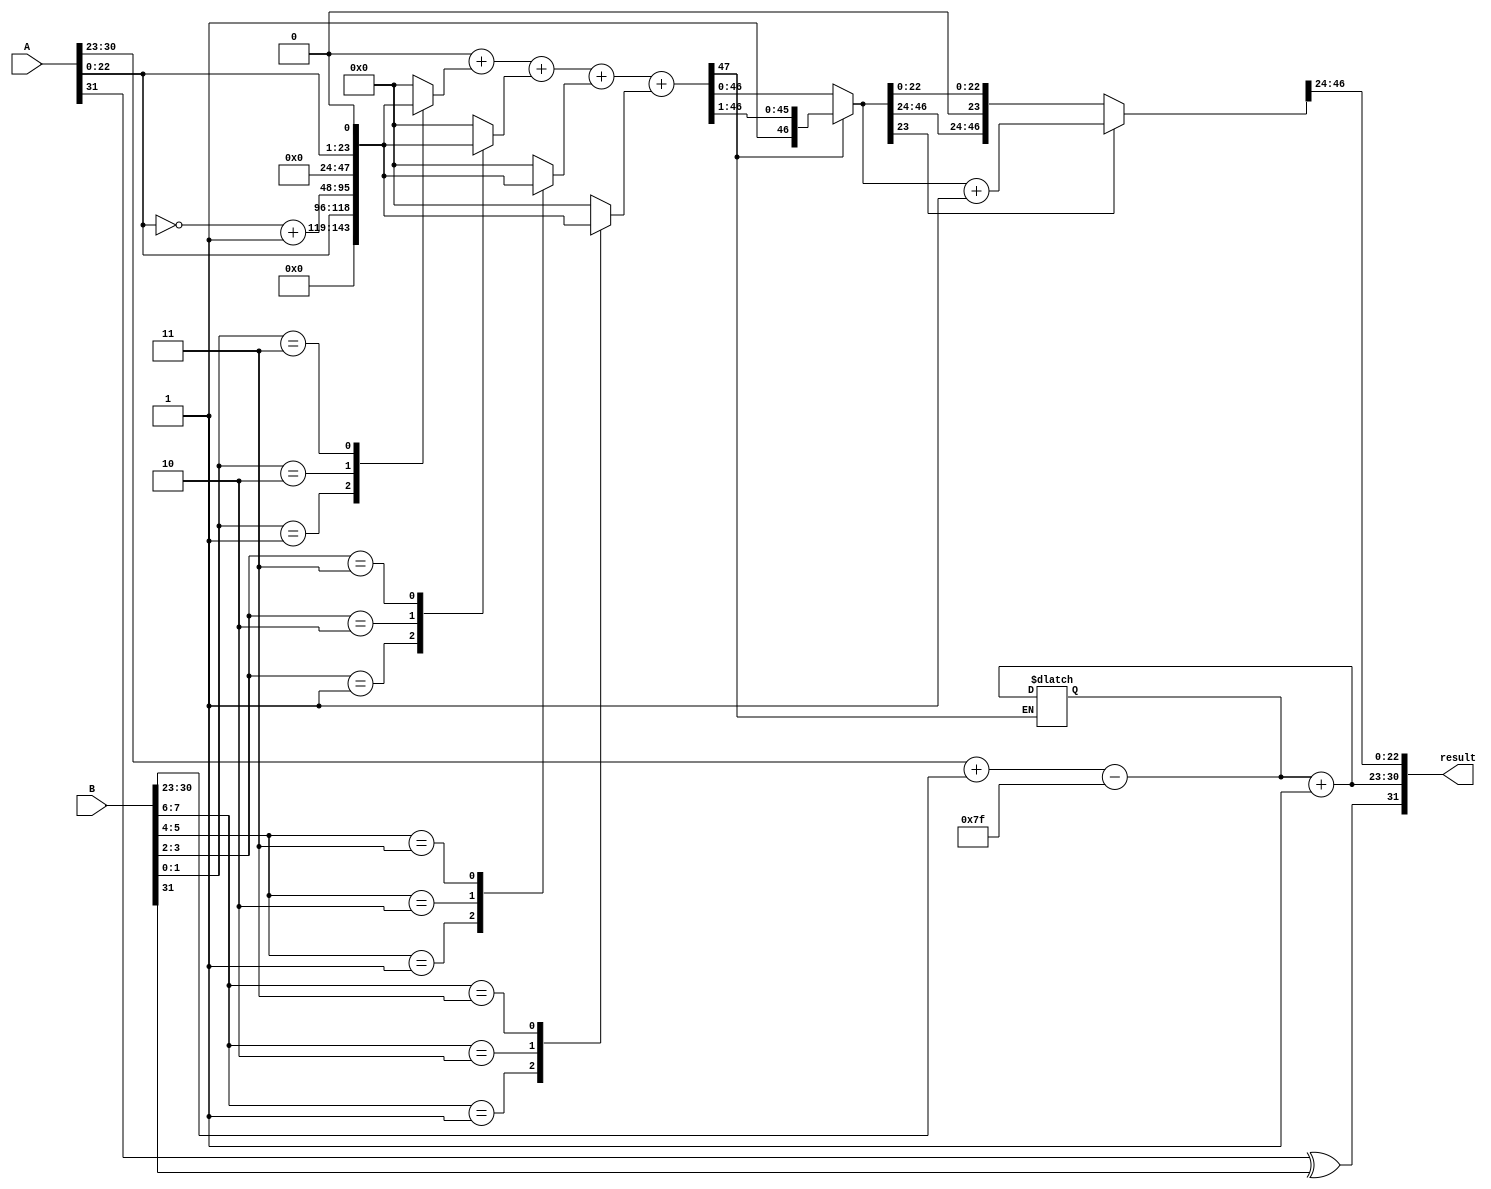
module radix4_fp_multiplier (
    input [31:0] A, // Single-precision floating-point input A
    input [31:0] B, // Single-precision floating-point input B
    output reg [31:0] result // Single-precision floating-point output
);

    // IEEE 754 components
    wire signA, signB, sign_result;
    wire [7:0] expA, expB, exp_result;
    wire [22:0] mantA, mantB, mant_result;

    // Extract sign, exponent, and significand
    assign signA = A[31];
    assign expA = A[30:23];
    assign mantA = {1'b1, A[22:0]}; // Implicit leading 1 for normalized numbers

    assign signB = B[31];
    assign expB = B[30:23];
    assign mantB = {1'b1, B[22:0]}; // Implicit leading 1 for normalized numbers

    // Sign calculation
    assign sign_result = signA ^ signB;

    // Exponent calculation
    wire [8:0] exp_sum = {1'b0, expA} + {1'b0, expB} - 8'd127; // Bias for single-precision
    assign exp_result = exp_sum[7:0]; // Truncate to 8 bits

    // Radix-4 Booth's algorithm for significand multiplication
    reg [47:0] partial_products [0:3]; // Storage for partial products
    reg [47:0] product;
    integer i;

    always @(*) begin
        // Initialize partial products
        for (i = 0; i < 4; i = i + 1) begin
            partial_products[i] = 48'b0;
        end

        // Generate partial products based on Radix-4 Booth's encoding
        for (i = 0; i < 23; i = i + 2) begin
            case ({mantB[i+1], mantB[i]})
                2'b00: partial_products[i/2] = 48'b0;
                2'b01: partial_products[i/2] = {24'b0, mantA}; // +1
                2'b10: partial_products[i/2] = ~{24'b0, mantA} + 1'b1; // -1
                2'b11: partial_products[i/2] = {24'b0, mantA} << 1; // +2
            endcase
        end

        // Accumulate partial products
        product = 48'b0;
        for (i = 0; i < 4; i = i + 1) begin
            product = product + partial_products[i];
        end

        // Normalize the product
        if (product[47]) begin
            // If the product is too large, shift right
            product = product >> 1;
            exp_result = exp_result + 1;
        end

        // Rounding (simple round to nearest)
        if (product[23]) begin
            product = product + 48'b1;
        end

        // Prepare final significand
        mant_result = product[46:24]; // Take the top 23 bits

        // Construct final result
        result = {sign_result, exp_result, mant_result[22:0]};
    end

endmodule